Report of the Hyderabad Chloroform Commission
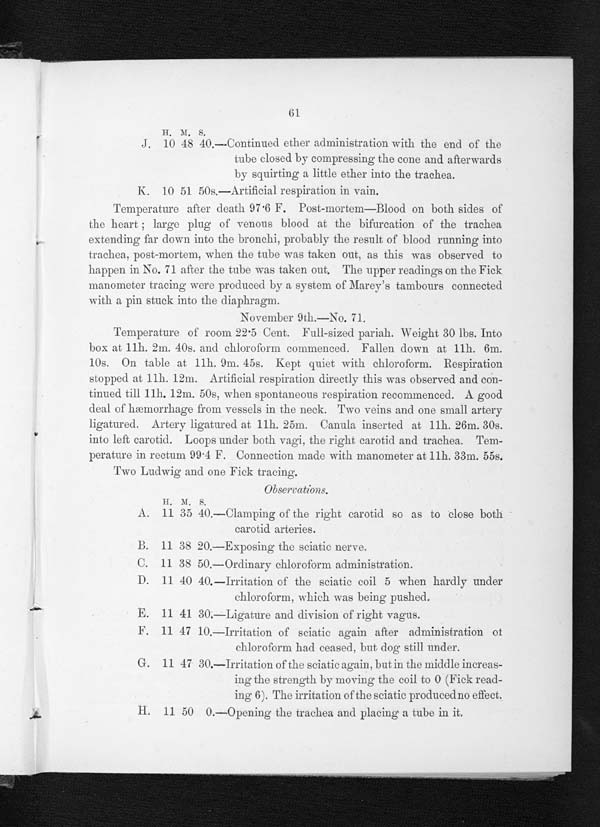
61
H. M. s.
J. 10 48 40.—Continued ether administration with the end of the
tube closed by compressing the cone and afterwards
by squirting a little ether into the trachea.
K. 10 51 50s,—Artificial respiration in vain.
Temperature after death 97 .6 F. Post-mortem—Blood on both sides of
the heart; large plug of venous blood at the bifurcation of the trachea
extending far down into the bronchi, probably the result of blood running into
trachea, post-mortem, when the tube was taken out, as this was observed to
happen in No. 71 after the tube was taken out. The upper readings on the Fick
manometer tracing were produced by a system of Marey's tambours connected
with a pin stuck into the diaphragm.
November 9th.—No. 71.
Temperature of room 22 . 5 Cent. Full-sized pariah.. Weight 30 lbs. Into
box at 11h. 21n. 40s. and chloroform commenced. Fallen down at 11h. 6m.
10s. On table a.t 11h. 9m. 45s. kept quiet with chloroform. Respiration
stopped at 11h. 12m. Artificial respiration directly this was observed and Con-
tinued till 11h. 12m. 50s, when spontaneous respiration recommenced. A good
deal of hæmorrhage from vessels in the neck. Two veins and one small artery
ligatured. Artery ligatured at 11h. 25m. Canula inserted at 11h. 26m. 30s.
into left carotid. Loops under both vagi, the right carotid and trachea. Tem-
perature in rectum 994 F. Connection made with manometer at 11h. 331n. 55s.
TWO Ludwig and one Fick tracing.
A. 11 35 40.—Clamping of the right carotid so as to close both
carotid arteries.
B. 11 38 20.—Exposing the sciatic nerve.
C. 11 38 50.—Ordinary chloroform administration.
D. 11 40 40.—Irritation of the sciatic coil 5 when hardly under
chloroform, which was being pushed.
E. 11 41 3O.—Ligature and division of right vagus.
F. 11 47 10.—Irritation of sciatic again after administration of
chloroform had ceased, but dog still under.
G. 11 47 30.---Irritation of the sciatic again, but in the middle increas-
ing the strength by moving the coil to 0 (Fick read-
ing 6). The irritation of the sciatic produced no effect.
11 50 O.—Opening the trachea and placing a tube in it.